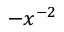
- x ^ { - 2 }